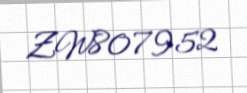
ZW807952